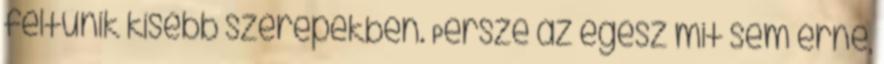
feltűnik kisebb szerepekben. Persze az egész mit sem érne,